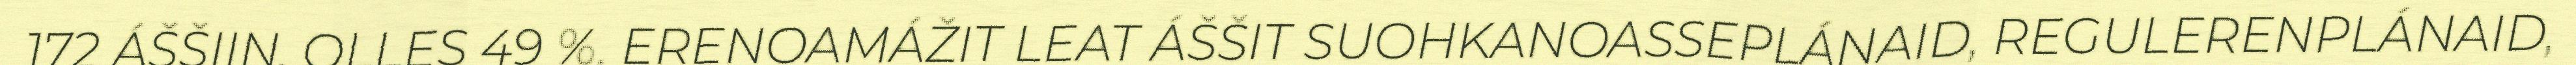
172 ÁŠŠIIN, OLLES 49 %. ERENOAMÁŽIT LEAT ÁŠŠIT SUOHKANOASSEPLÁNAID, REGULERENPLÁNAID,